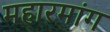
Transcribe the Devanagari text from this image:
महारमांग